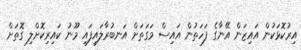
އިރުކޮޅަކުން އައިޒަން އޭނާގެ ފަހަތުން އައިސް މަގަތަށް އަނބުރާލައިފައި މޫނު ކައިރިކޮށްލި ގޮތަށް